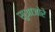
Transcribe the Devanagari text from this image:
सुआजोरे